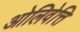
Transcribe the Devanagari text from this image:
ओलिवेत्ति